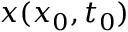
\boldsymbol { x } ( \boldsymbol { x } _ { 0 } , t _ { 0 } )